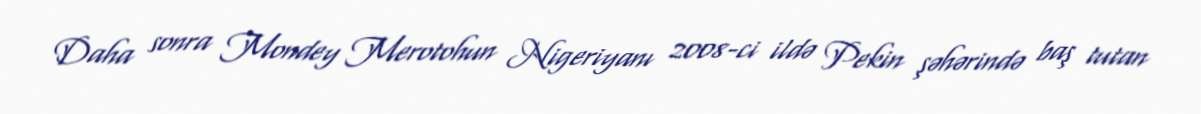
Daha sonra Mondey Merotohun Nigeriyanı 2008-ci ildə Pekin şəhərində baş tutan